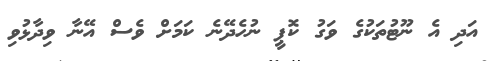
އަދި އެ ނޫޓުތަކުގެ ވަގު ކޮޕީ ނުހެދޭނެ ކަމަށް ވެސް އޭނާ ވިދާޅުވި